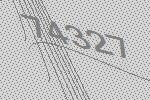
74327